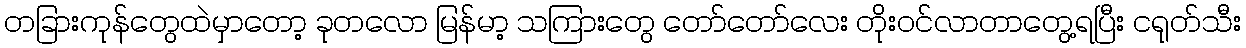
တခြားကုန်တွေထဲမှာတော့ ခုတလော မြန်မာ့ သကြားတွေ တော်တော်လေး တိုးဝင်လာတာတွေ့ရပြီး ငရုတ်သီး